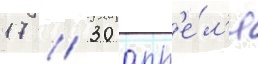
17 / 30 апр'е́л'я